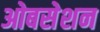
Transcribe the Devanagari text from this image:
ओबसेशन